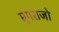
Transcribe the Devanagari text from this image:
म्रुगराजो